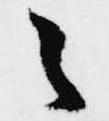
之